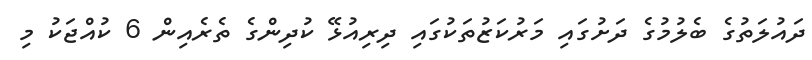
ދައުލަތުގެ ބެލުމުގެ ދަށުގައި މަރުކަޒުތަކުގައި ދިރިއުޅޭ ކުދިންގެ ތެރެއިން 6 ކުއްޖަކު މި